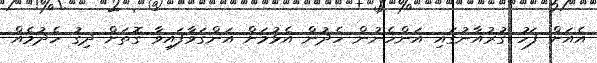
އެއަށް ފަހު ގުރުއާނުގައި އަންހެނުން ހެދުން އެޅުމަށް އަންގަވާފައިވާ ގޮތަށް ދިގު ހެދުމެއް